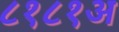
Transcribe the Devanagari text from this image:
८१८१अ